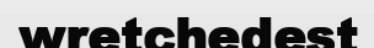
wretchedest